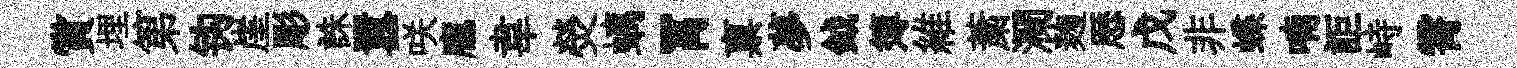
賞埋第钩崖彫誅囂咲龐韋熒螭罥禀夢鉞簿維䔥瀾麹厯戊非蝶喃詎峙霄